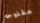
مفتوحه